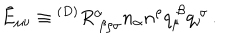
LaTeX: \tilde { E } _ { \mu \nu } \equiv { } ^ { ( D ) } R _ { ~ \beta \rho \sigma } ^ { \alpha } n _ { \alpha } n ^ { \rho } q _ { \mu } ^ { ~ \beta } q _ { \nu } ^ { ~ \sigma } \, .